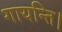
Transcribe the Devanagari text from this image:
गायन्ति।